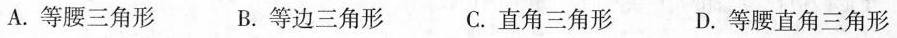
A.等腰三角形 B.等边三角形 C.直角三角形 D.等腰直角三角形